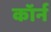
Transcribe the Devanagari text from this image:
कॉर्न